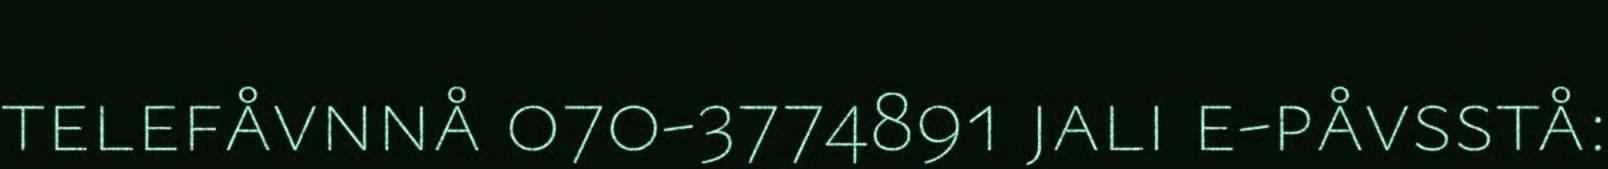
telefåvnnå 070-3774891 jali e-påvsstå: